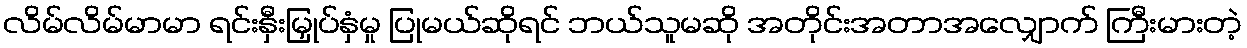
လိမ်လိမ်မာမာ ရင်းနှီးမြှုပ်နှံမှု ပြုမယ်ဆိုရင် ဘယ်သူမဆို အတိုင်းအတာအလျှောက် ကြီးမားတဲ့